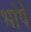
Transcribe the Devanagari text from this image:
भांपे